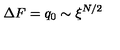
\Delta F = q _ { 0 } \sim \xi ^ { N / 2 }